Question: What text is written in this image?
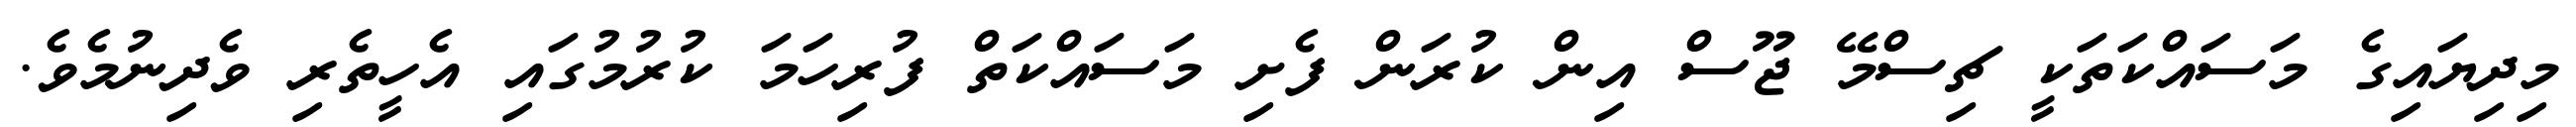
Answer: މިދިޔައިގެ މަސައްކަތަކީ ޗިސްމޭ ޖޫސް އިން ކުރަން ފެށި މަސައްކަތް ފުރިހަމަ ކުރުމުގައި އެހީތެރި ވެދިނުމެވެ.